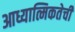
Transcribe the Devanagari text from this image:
आध्यात्मिकतेची